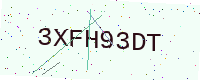
Text: 3XFH93DT